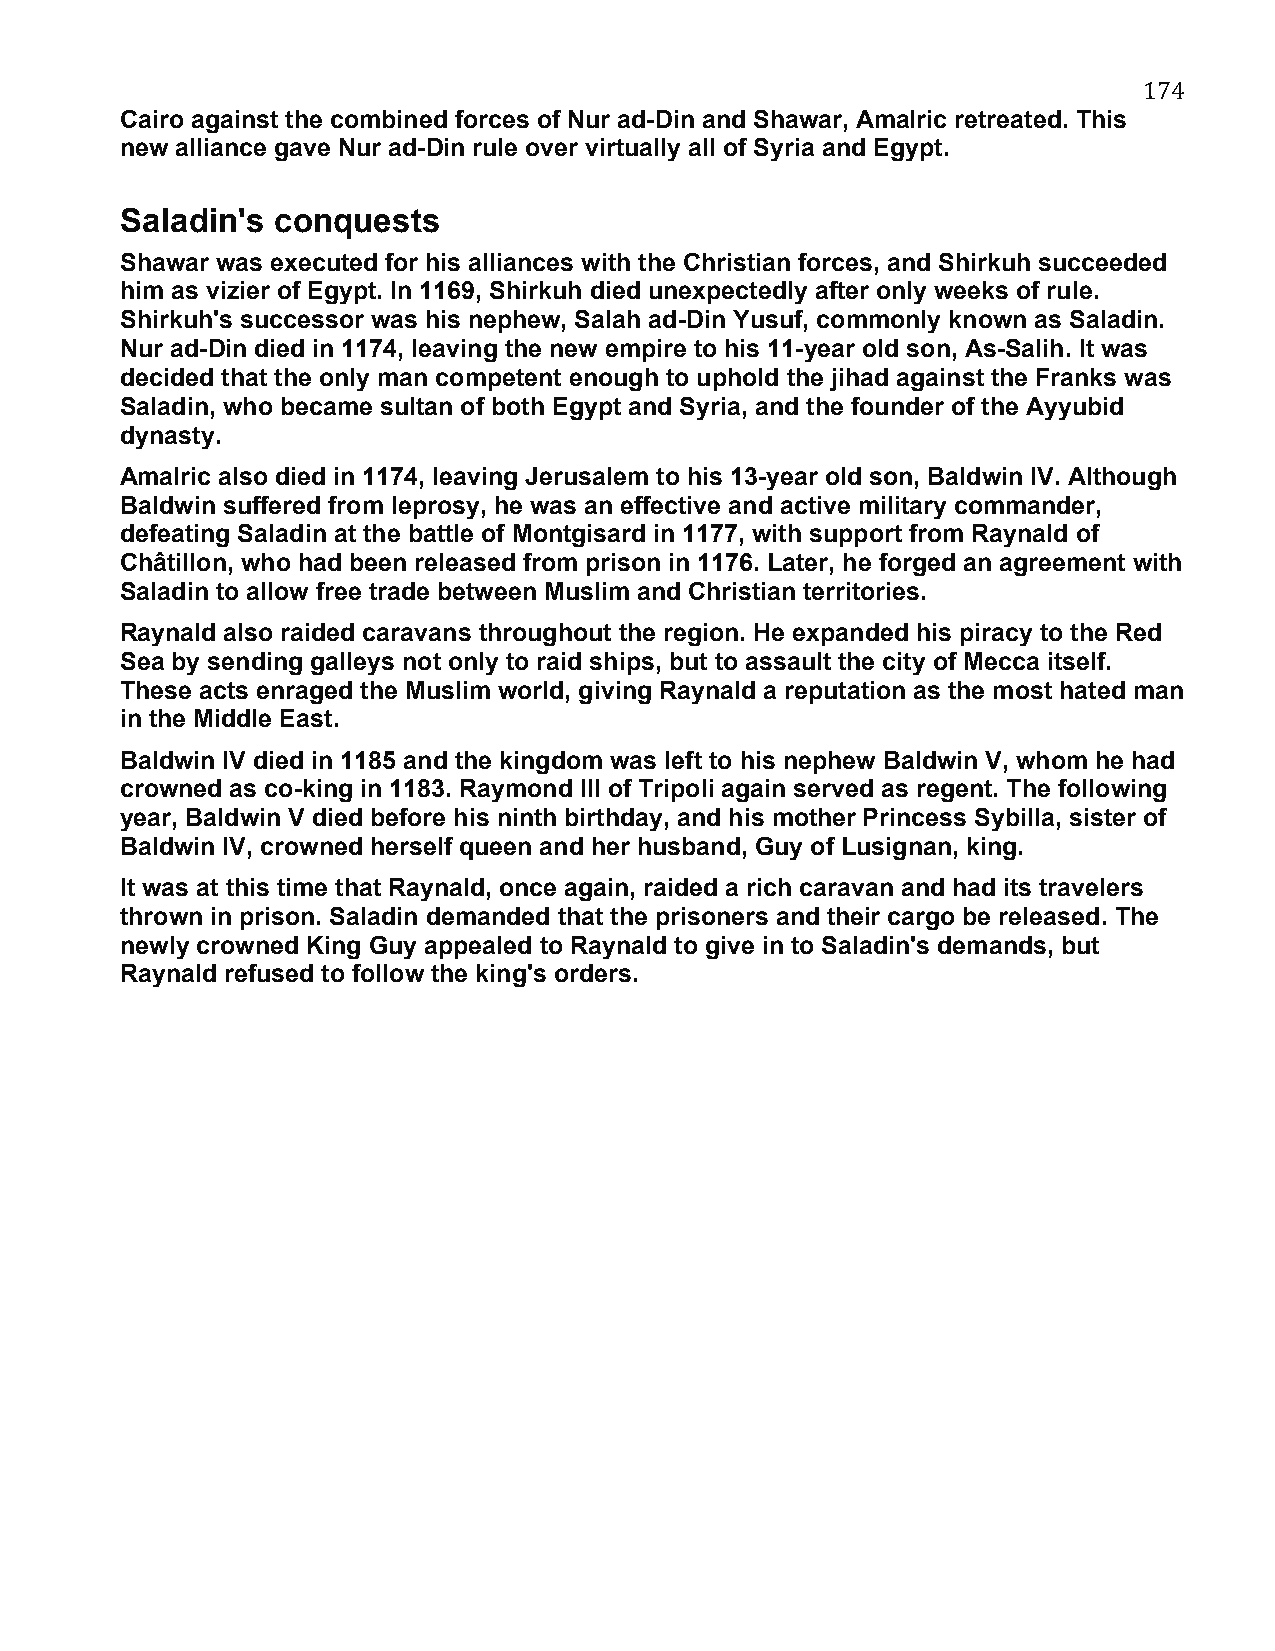
174
 Cairo against the combined forces of Nur ad-Din and Shawar, Amalric retreated. This
 new alliance gave Nur ad-Din rule over virtually all of Syria and Egypt.
 Saladin's conquests
 Shawar was executed for his alliances with the Christian forces, and Shirkuh succeeded
 him as vizier of Egypt. In 1169, Shirkuh died unexpectedly after only weeks of rule.
 Shirkuh's successor was his nephew, Salah ad-Din Yusuf, commonly known as Saladin.
 Nur ad-Din died in 1174, leaving the new empire to his 11-year old son, As-Salih. It was
 decided that the only man competent enough to uphold the jihad against the Franks was
 Saladin, who became sultan of both Egypt and Syria, and the founder of the Ayyubid
 dynasty.
 Amalric also died in 1174, leaving Jerusalem to his 13-year old son, Baldwin IV. Although
 Baldwin suffered from leprosy, he was an effective and active military commander,
 defeating Saladin at the battle of Montgisard in 1177, with support from Raynald of
 Châtillon, who had been released from prison in 1176. Later, he forged an agreement with
 Saladin to allow free trade between Muslim and Christian territories.
 Raynald also raided caravans throughout the region. He expanded his piracy to the Red
 Sea by sending galleys not only to raid ships, but to assault the city of Mecca itself.
 These acts enraged the Muslim world, giving Raynald a reputation as the most hated man
 in the Middle East.
 Baldwin IV died in 1185 and the kingdom was left to his nephew Baldwin V, whom he had
 crowned as co-king in 1183. Raymond III of Tripoli again served as regent. The following
 year, Baldwin V died before his ninth birthday, and his mother Princess Sybilla, sister of
 Baldwin IV, crowned herself queen and her husband, Guy of Lusignan, king.
 It was at this time that Raynald, once again, raided a rich caravan and had its travelers
 thrown in prison. Saladin demanded that the prisoners and their cargo be released. The
 newly crowned King Guy appealed to Raynald to give in to Saladin's demands, but
 Raynald refused to follow the king's orders.